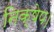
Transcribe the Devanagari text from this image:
निक्षेप।